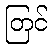
တြင်